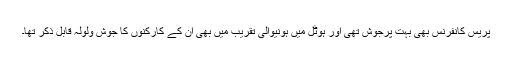
پریس کانفرنس بھی بہت پُرجوش تھی اور ہوٹل میں ہونیوالی تقریب میں بھی ان کے کارکنوں کا جوش ولولہ قابل ذکر تھا۔